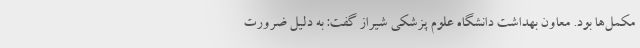
مکمل‌­ها بود. معاون بهداشت دانشگاه علوم پزشکی شیراز گفت: به دلیل ضرورت